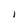
Character: i